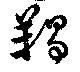
羯